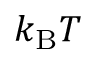
k _ { \mathrm { B } } T